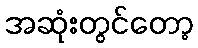
အဆုံးတွင်တော့